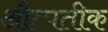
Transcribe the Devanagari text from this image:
औत्पतीक